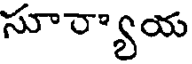
సూర్యాయ